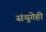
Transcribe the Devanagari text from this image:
संयुगेही